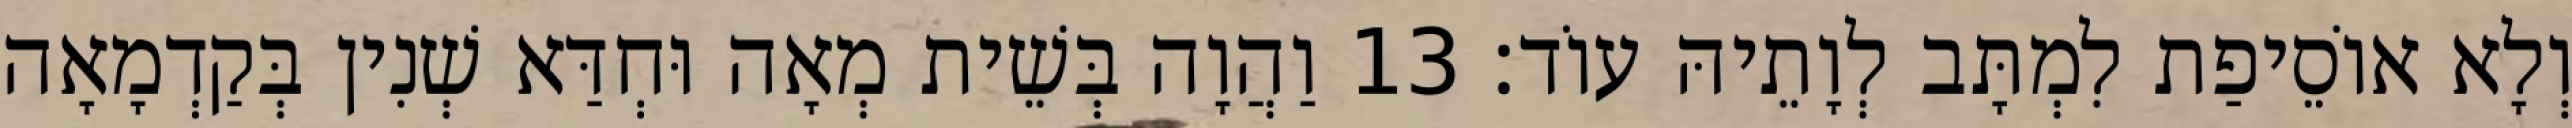
וְלָא אוֹסֵיפַת לִמְתָּב לְוָתֵיהּ עוֹד׃ 13 וַהֲוָה בְּשֵׁית מְאָה וּחְדַּא שְׁנִין בְּקַדְמָאָה